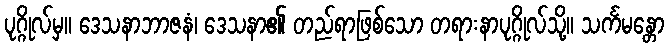
ပုဂ္ဂိုလ်မှ။ ဒေသနာဘာဇနံ၊ ဒေသနာ၏ တည်ရာဖြစ်သော တရားနာပုဂ္ဂိုလ်သို့။ သင်္ကမန္တော